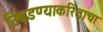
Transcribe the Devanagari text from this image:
निवडण्याकरिताचा